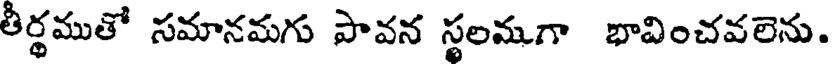
తీర్థముతో సమానమగు పావన స్థలమగా భావించవలెను.